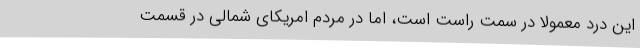
این درد معمولا در سمت راست است، اما در مردم امریکای شمالی در قسمت